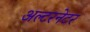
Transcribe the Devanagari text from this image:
अल्‍टरनेटर